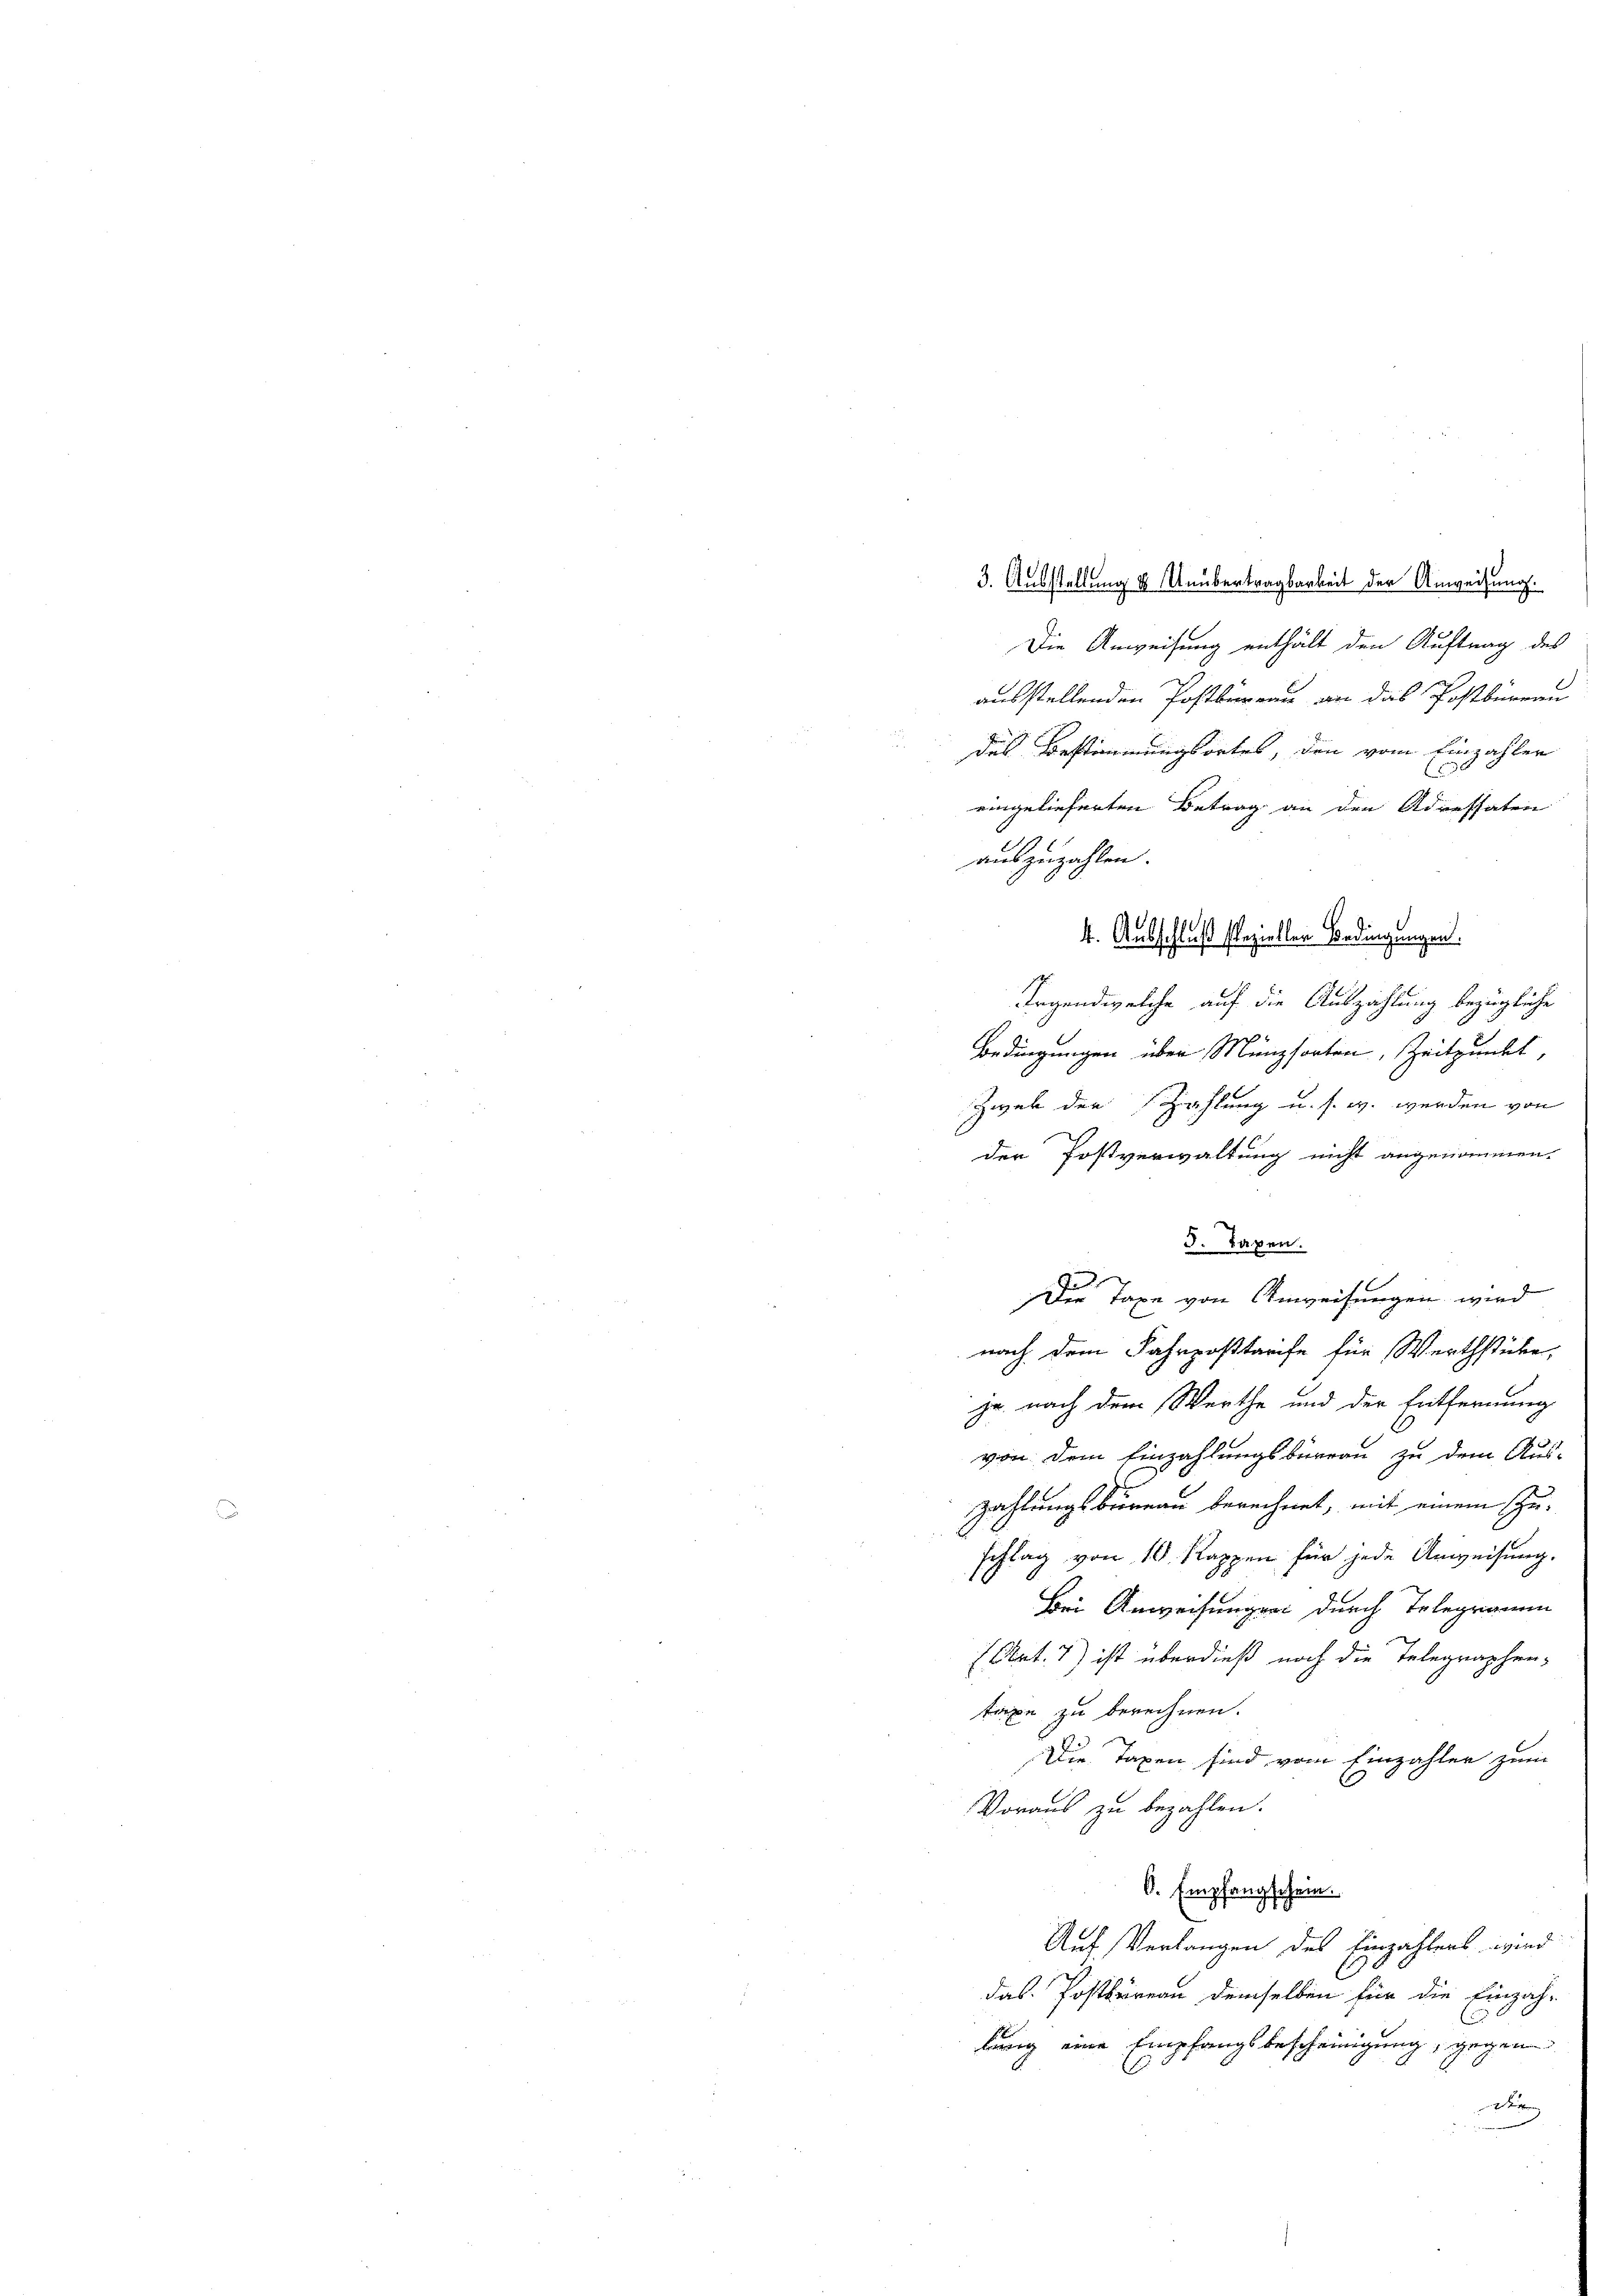
Die Anweisung enthält den Auftrag des
ausstellenden Postbernau an das Postberein
das Bestimmungsortes, den vom Einzahler
.
eingelieferten Betrag an den Adressaten
Irgendwelche auf die Auszahlung bezügliche
Bedingungen über Münzsorten, Zeitpunkt,
Zwek der Zahlung u. s. w. werden von
der Postverwaltung nicht angenommen.
3. Taxen.
Der Taxe von Anweisungen wird
nach dem Fahrpostarife für Werthstücke,
ja nach dem Werthe und der Entfernung
von dem Einzahlungsbureau zu dem Aus-
zahlungsbureau berechnet, mit einem Zuschlag von 10 Rappen für jede Anweisung.
Bei Anweisungen durch Telegramm
7 Art. 1) ist überdieß noch die Telegraphen-
taxe zu berechnen.
Die Taxen sind vom Einzahlen zum
Voraus zu bezahlen.
O. Empfangschein.
Auf Verlangen des Einzahlers wird
C
das Postbureau demselben für die Einzah-
C
hörig eine Empfangsbeschringung, gegen
r

3. Ausstellung & Unübertragbarkeit der Anweisung.

auszuzahlen.
4. Ausschluß speziellen Bedingungen.